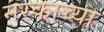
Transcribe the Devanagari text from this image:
नरकाच्या